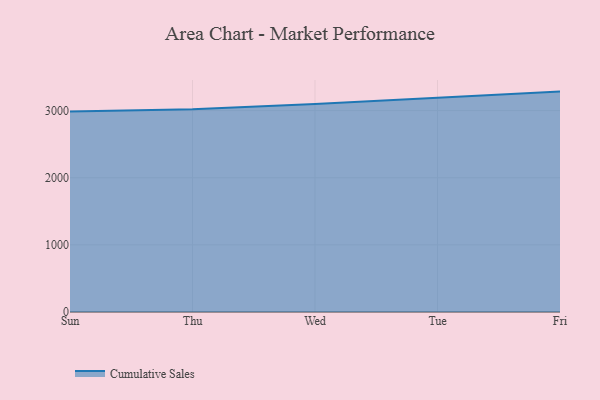
{"axis": {"x": "Day", "y": "Humidity (%)"}, "legend": ["Cumulative Sales"], "data": [{"x": "Sun", "y": 2987.5, "type": "Cumulative Sales"}, {"x": "Thu", "y": 3021.1, "type": "Cumulative Sales"}, {"x": "Wed", "y": 3099.5, "type": "Cumulative Sales"}, {"x": "Tue", "y": 3195.3, "type": "Cumulative Sales"}, {"x": "Fri", "y": 3282.5, "type": "Cumulative Sales"}]}